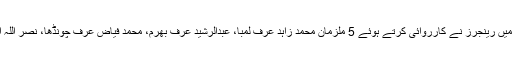
بدھ کو جاری کردہ اعلامیہ کے مطابق سعید آباد، مدینہ کالونی اور بلدیہ کالونی میں رینجرز نے کارروائی کرتے ہوئے 5 ملزمان محمد زاہد عرف لمبا، عبدالرشید عرف بھرم، محمد فیاض عرف چونڈھا، نصر اللہ اور محمد شاہد عرف ٹگھی کو گرفتار کیا جن کا تعلق ایم کیو ایم (لندن) سے ہے۔